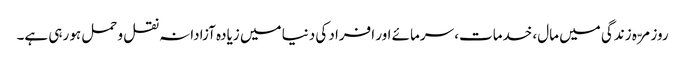
روزمرّہ زندگی میں مال، خدمات، سرمائے اور افراد کی دنیا میں زیادہ آزادانہ نقل و حمل ہو رہی ہے۔